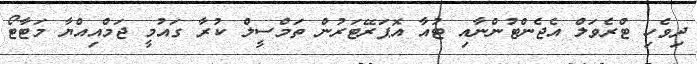
ދިވެހި ޓްރެވަލް އެޖެންޓުންނާއި ޓުއާ އޮޕަރޭޓަރުން ތަމްސީލް ކުރާ ގައުމީ ޖަމްއިއްޔާ މަޓާޓޯ